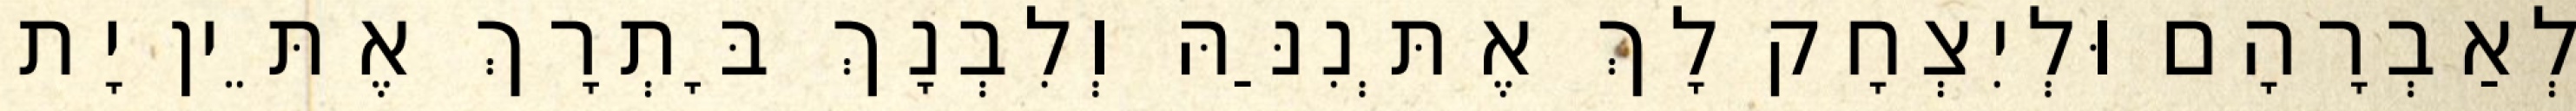
לְאַבְרָהָם וּלְיִצְחָק לָךְ אֶתְּנִנַּהּ וְלִבְנָךְ בָּתְרָךְ אֶתֵּין יָת